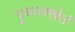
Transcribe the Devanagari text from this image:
पुञ्ञक्खेतं